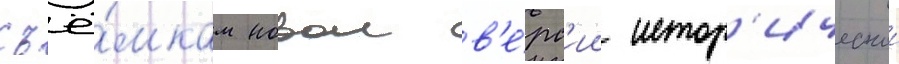
съё́мкам новои в'е́рс'ии истор'ическои